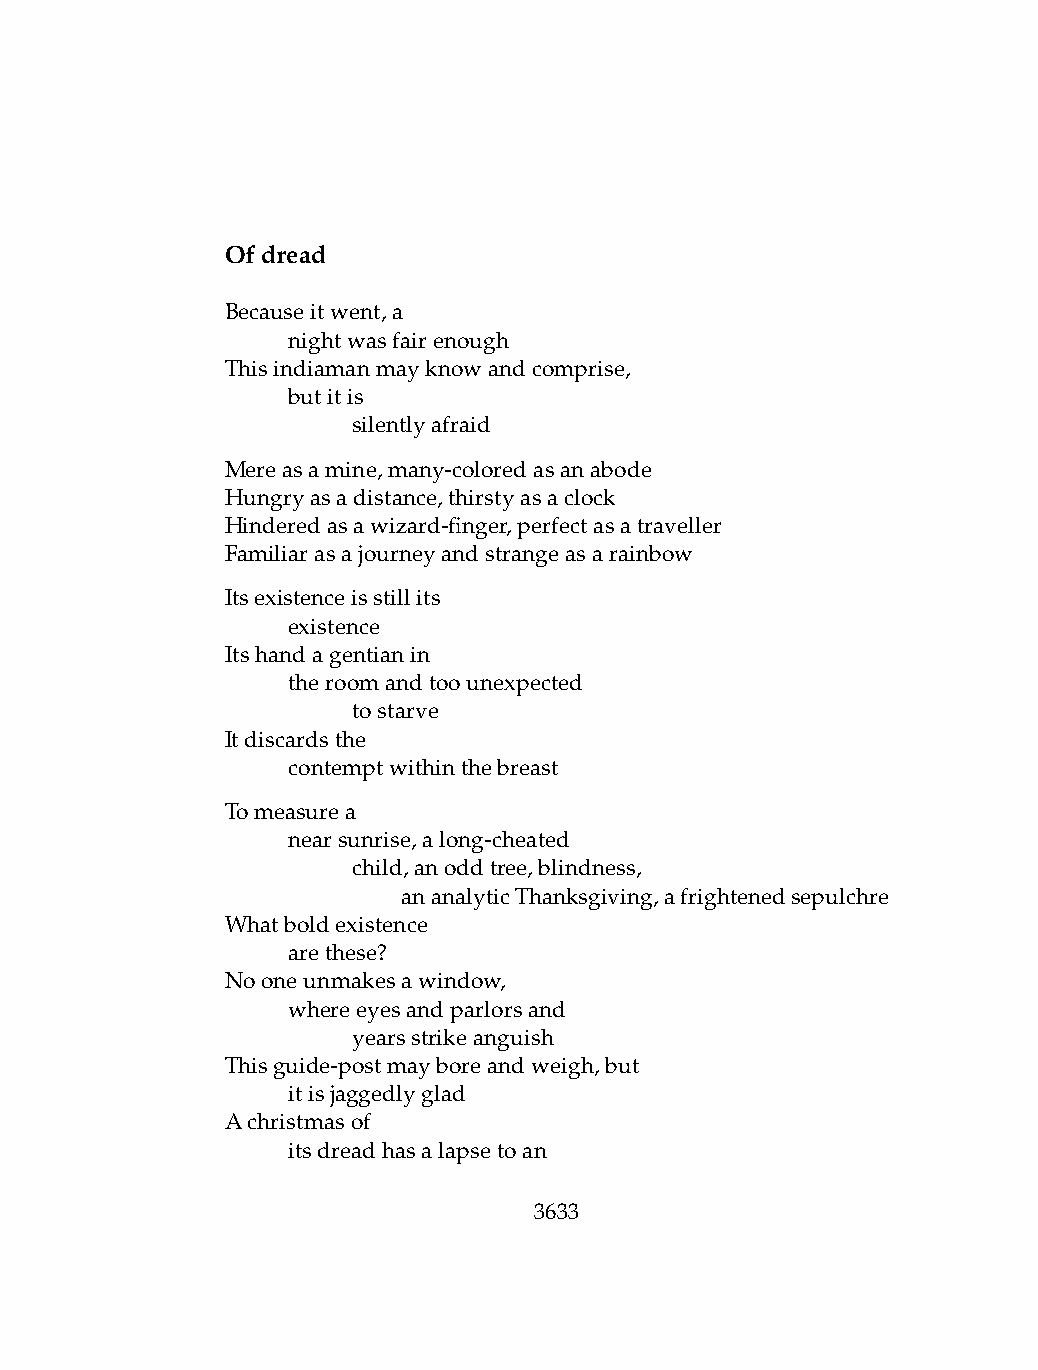
Ofdread
 Becauseitwent,a
 .   nightwasfairenough
 Thisindiamanmayknowandcomprise,
 .   butitis
 .   .   silentlyafraid
 Mereasamine,many-coloredasanabode
 Hungryasadistance,thirstyasaclock
 Hinderedasawizard-finger,perfectasatraveller
 Familiarasajourneyandstrangeasarainbow
 Itsexistenceisstillits
 .   existence
 Itshandagentianin
 .   theroomandtoounexpected
 .   .   tostarve
 Itdiscardsthe
 .   contemptwithinthebreast
 Tomeasurea
 .   nearsunrise,along-cheated
 .   .   child,anoddtree,blindness,
 .   .   .   ananalyticThanksgiving,afrightenedsepulchre
 Whatboldexistence
 .   arethese?
 Nooneunmakesawindow,
 .   whereeyesandparlorsand
 .   .   yearsstrikeanguish
 Thisguide-postmayboreandweigh,but
 .   itisjaggedlyglad
 Achristmasof
 .   itsdreadhasalapsetoan
 3633